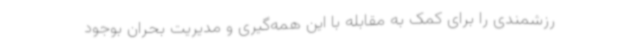
رزشمندی را برای کمک به مقابله با این همه‌گیری و مدیریت بحران بوجود